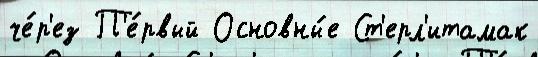
че́р'ез П'е́рвый Основны́е Ст'ерл'итамак